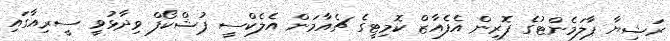
ރަޝިޔާ ޕާލަމެންޓުގެ ފޮރިން އެފެއާޒް ކޮމިޓީގެ ޗެއާމަން އެލެކްސީ ޕުޝްކޯފް ވިދާޅުވީ ސީރިއާގައި